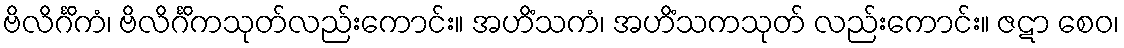
ဗိလိင်္ဂိကံ၊ ဗိလိင်္ဂိကသုတ်လည်းကောင်း။ အဟိံသကံ၊ အဟိံသကသုတ် လည်းကောင်း။ ဇဋာ စေဝ၊